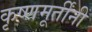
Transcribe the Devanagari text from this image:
कृष्णमूर्तींनीं